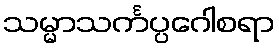
သမ္မာသင်္ကပ္ပဂေါစရာ